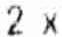
2 X